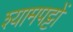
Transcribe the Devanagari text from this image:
श्यामपट्टों